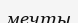
мечты